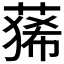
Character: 𮐑